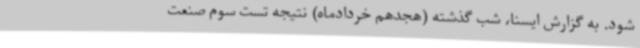
شود. به گزارش ایسنا، شب گذشته (هجدهم خردادماه) نتیجه تست سوم صنعت